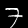
Digit: 7